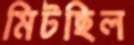
মিটছিল